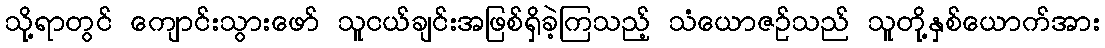
သို့ရာတွင် ကျောင်းသွားဖော် သူငယ်ချင်းအဖြစ်ရှိခဲ့ကြသည့် သံယောဇဉ်သည် သူတို့နှစ်ယောက်အား